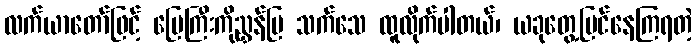
လက်ယာတော်ဖြင့် မြေကြီးကိုညွှန်ပြ သက်သေ ထူလိုက်ပါတယ်၊ ယခုတွေ့မြင်နေကြရတဲ့